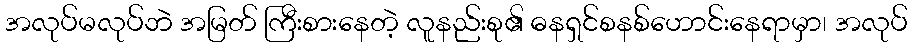
အလုပ်မလုပ်ဘဲ အမြတ် ကြီးစားနေတဲ့ လူနည်းစု၏ ဓနရှင်စနစ်ဟောင်းနေရာမှာ၊ အလုပ်